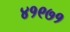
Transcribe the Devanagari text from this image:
४१९७१